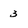
Character: 3